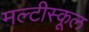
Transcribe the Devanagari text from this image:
मल्टीस्कूल